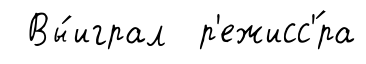
Вы́играл р'ежисс'́ра